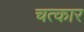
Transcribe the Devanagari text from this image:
चत्कार